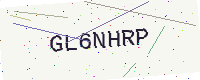
Text: GL6NHRP